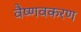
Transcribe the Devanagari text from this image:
वैष्णवकरण